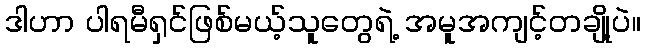
ဒါဟာ ပါရမီရှင်ဖြစ်မယ့်သူတွေရဲ့ အမူအကျင့်တချို့ပဲ။